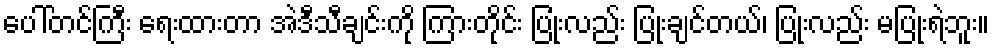
ပေါ်တင်ကြီး ရေးထားတာ အဲဒီသီချင်းကို ကြားတိုင်း ပြုံးလည်း ပြုံးချင်တယ်၊ ပြုံးလည်း မပြုံးရဲဘူး။